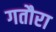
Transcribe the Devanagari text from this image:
गतौरा